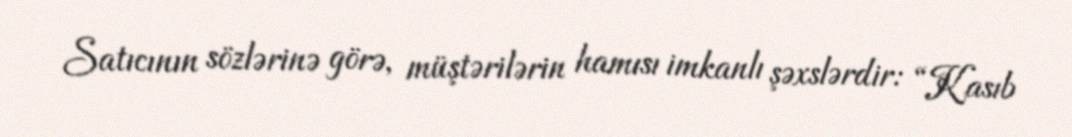
Satıcının sözlərinə görə, müştərilərin hamısı imkanlı şəxslərdir: “Kasıb